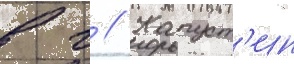
в г // Капуст'ин